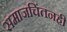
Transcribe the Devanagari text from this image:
समाजचिंतनही